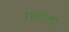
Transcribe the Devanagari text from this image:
गळाली